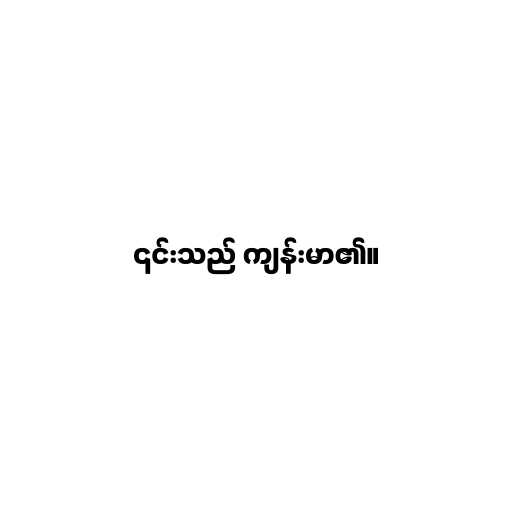
၎င်းသည် ကျန်းမာ၏။